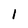
Character: I